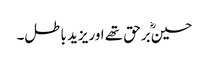
حسینؓ برحق تھے اوریزید باطل۔